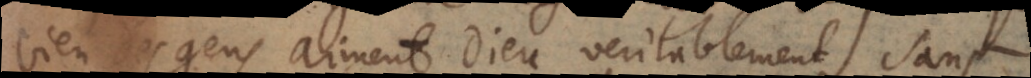
des gens aiment Dieu veritablement sans